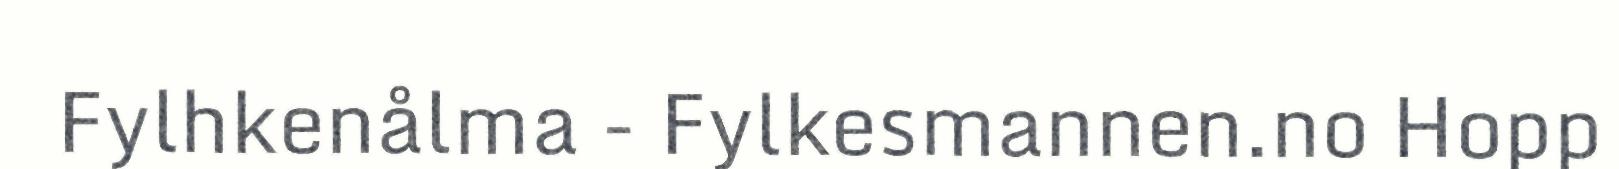
Fylhkenålma - Fylkesmannen.no Hopp